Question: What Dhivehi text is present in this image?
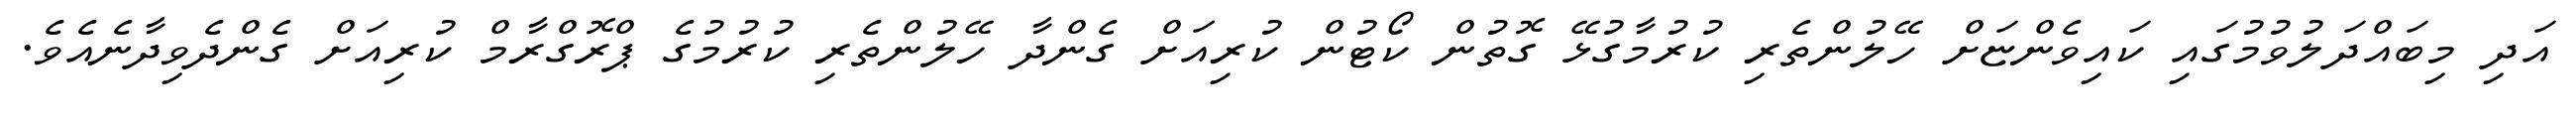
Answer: އަދި މިބައްދަލުވުމުގައި ކައިވެންޏަށް ހޭލުންތެރި ކުރުމާގުޅޭ ގޮތުން ކޯޓުން ކުރިއަށް ގެންދާ ހޭލުންތެރި ކުރުމުގެ ޕްރޮގްރާމް ކުރިއަށް ގެންދެވިދާނެއެވެ.